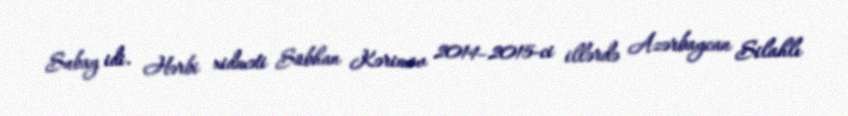
Subay idi. Hərbi xidməti Sübhan Kərimov 2014–2015-ci illərdə Azərbaycan Silahlı